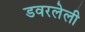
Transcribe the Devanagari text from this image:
डवरलेली